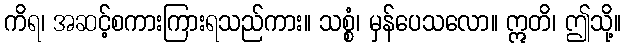
ကိရ၊ အဆင့်စကားကြားရသည်ကား။ သစ္စံ၊ မှန်ပေသလော။ ဣတိ၊ ဤသို့။